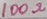
Text: 100Ω